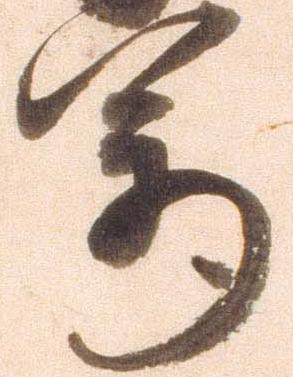
万